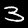
Label: 3